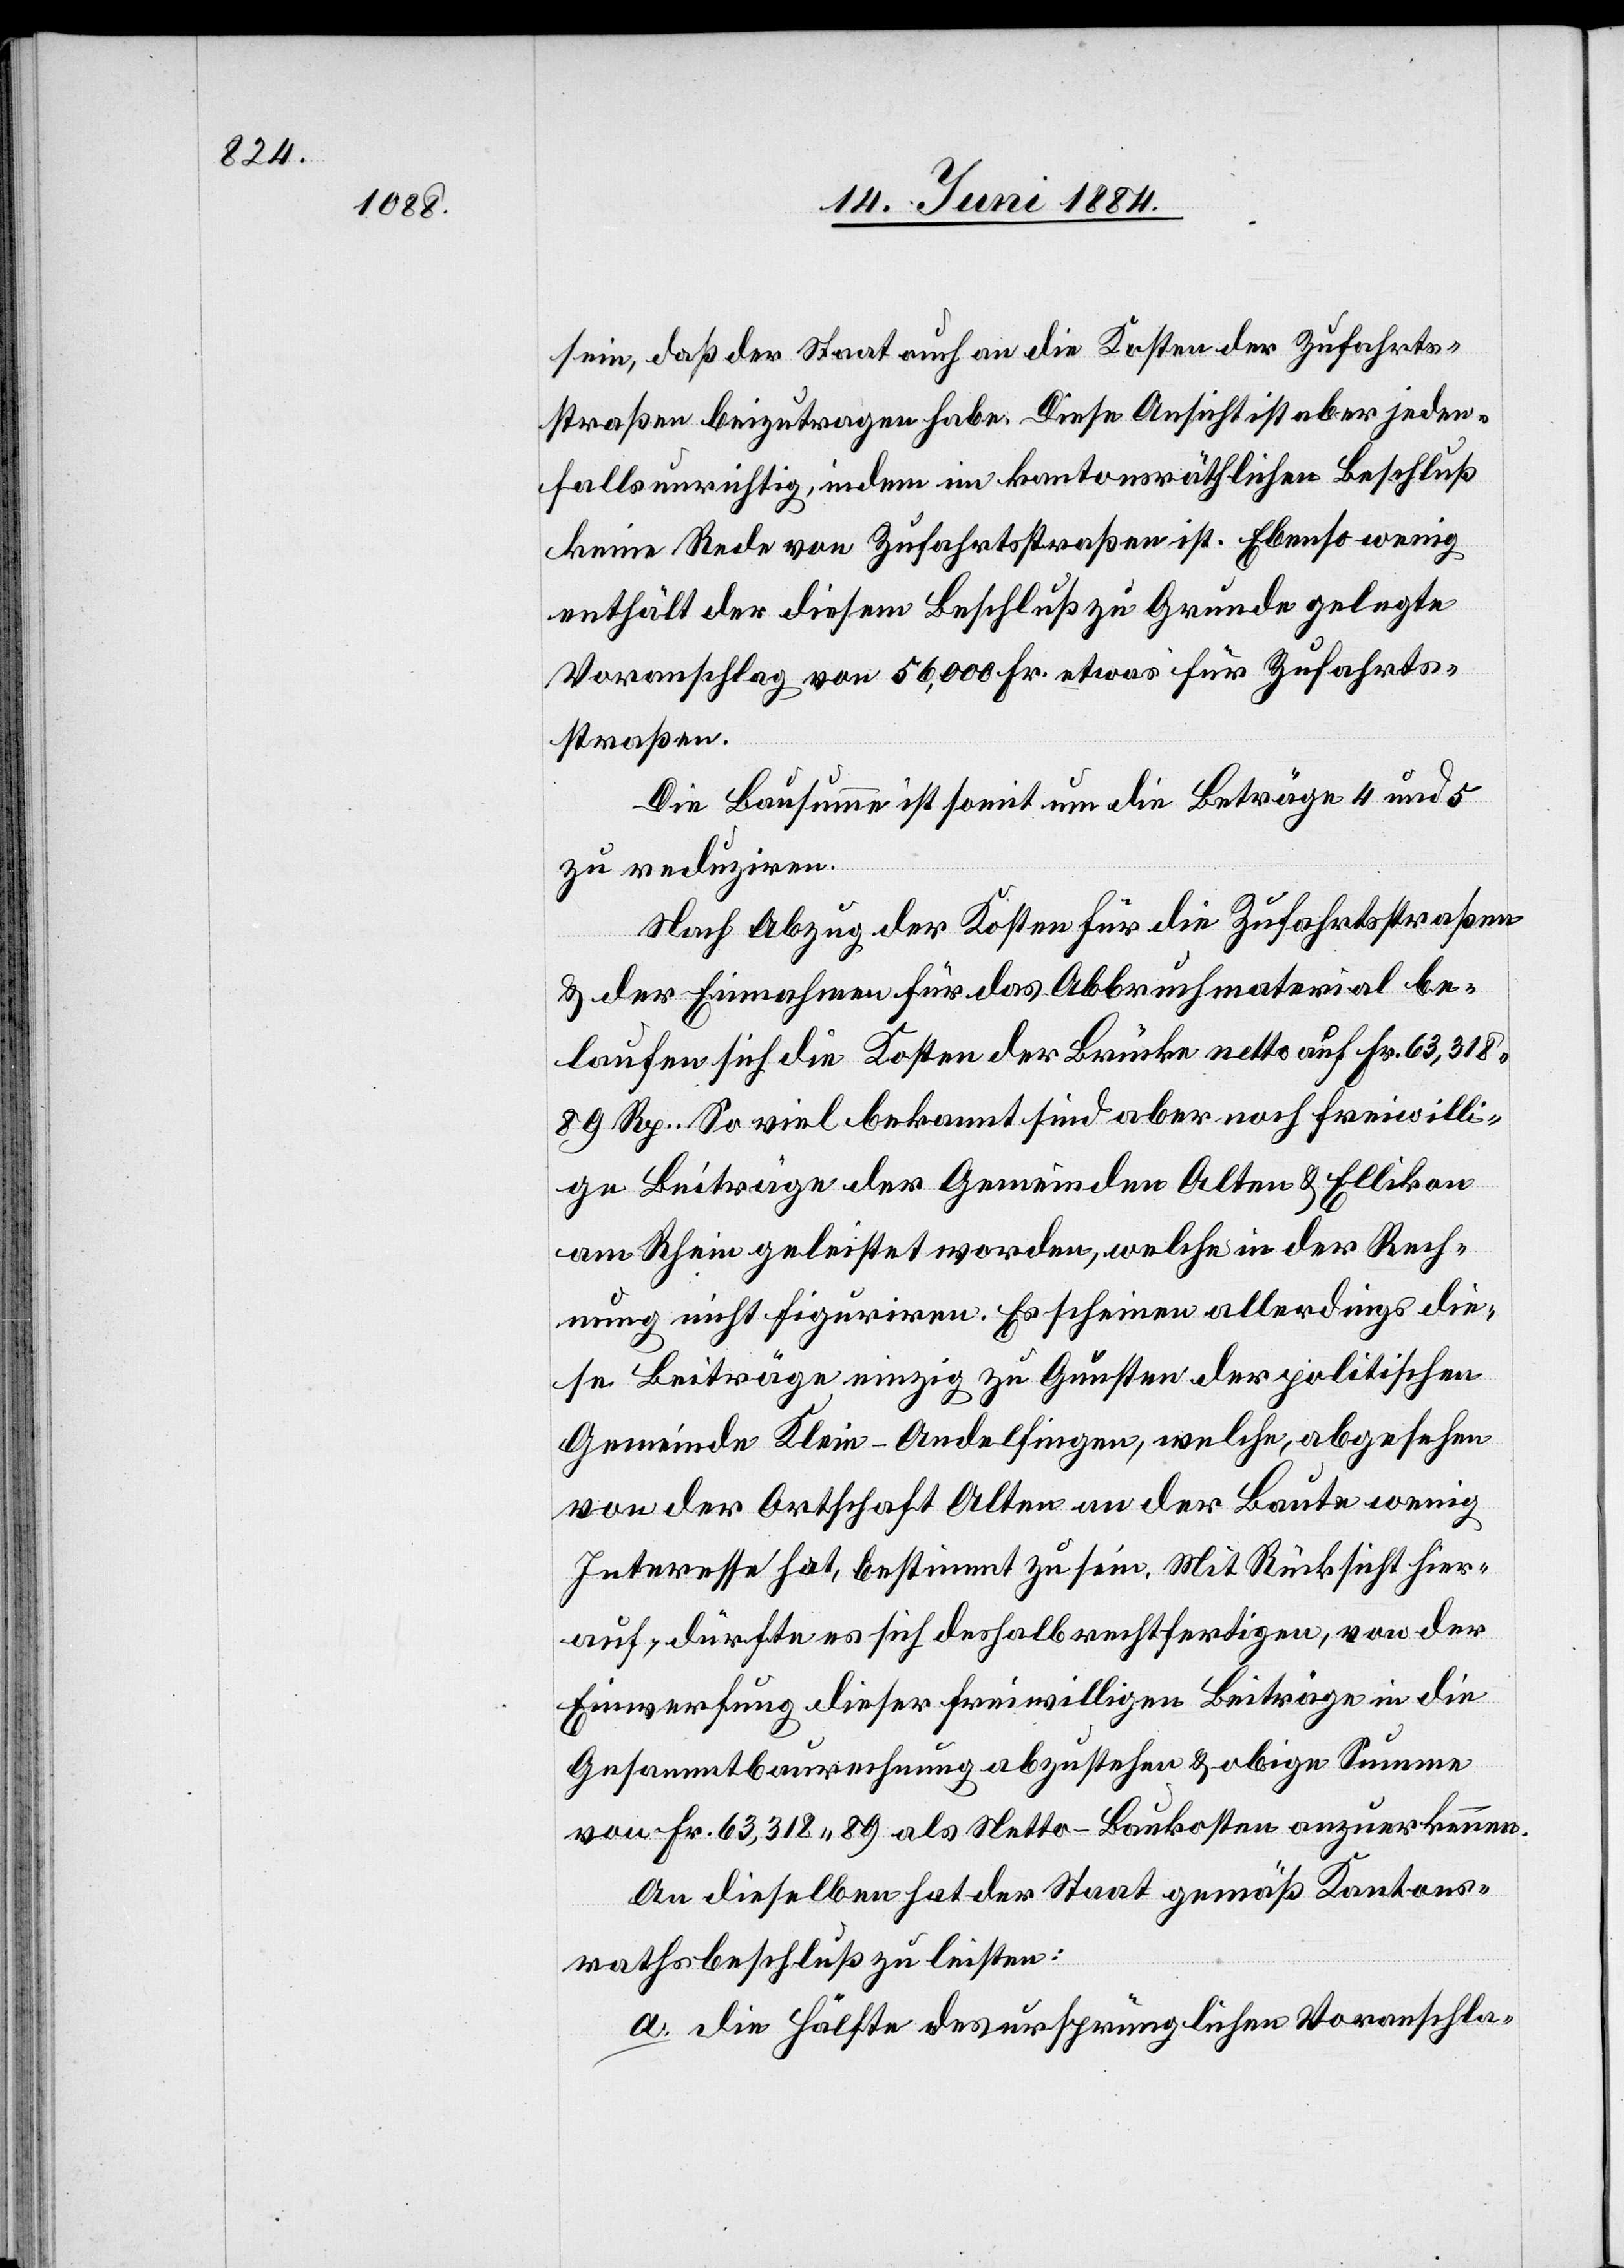
sein, daß der Staat auch an die Kosten der Zufahrts¬
straßen beizutragen habe. Diese Ansicht ist aber jeden¬
falls unrichtig, indem im kantonsräthlichen Beschluß
keine Rede von Zufahrtsstraßen ist. Ebenso wenig
enthält der diesem Beschluß zu Grunde gelegte
Voranschlag von 56,000 Fr. etwas für Zufahrts¬
straßen.
Die Bausumme ist somit um die Beträge 4 und 5
zu reduziren.
Nach Abzug der Kosten für die Zufahrtsstraßen
& der Einnahmen für das Abbruchmaterial be¬
laufen sich die Kosten der Brücke netto auf Fr. 63,318
89 Rp.. So viel bekannt sind aber noch freiwilli¬
ge Beiträge der Gemeinden Alten & Ellikon
am Rhein geleistet worden, welche in der Rech¬
nung nicht figuriren. Es scheinen allerdings die¬
se Beiträge einzig zu Gunsten der politischen
Gemeinde Klein-Andelfingen, welche, abgesehen
von der Ortschaft Alten an der Baute wenig
Interesse hat, bestimmt zu sein. Mit Rücksicht hier¬
auf, dürfte es sich deshalb rechtfertigen, von der
Einwerfung dieser freiwilligen Beiträge in die
Gesammtbaurechnung abzustehen [sic!] & obige Summe
von Fr. 63,318 89 als Netto-Baukosten anzuerkennen.
An dieselben hat der Staat gemäß Kantons¬
rathsbeschluß zu leisten:
a. die Hälfte des ursprünglichen Voranschla-